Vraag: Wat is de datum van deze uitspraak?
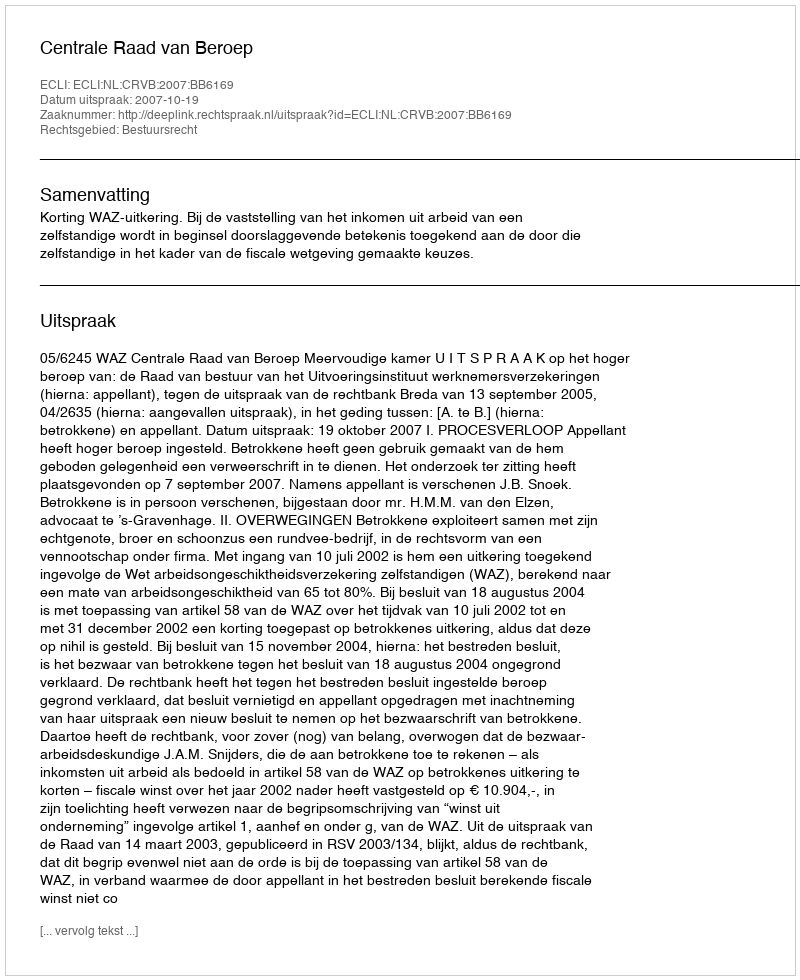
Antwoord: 2007-10-19